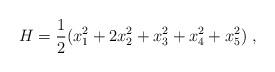
LaTeX: \begin{align*}H=\frac{1}{2}(x^2_1+2 x^2_2 + x^2_3 + x^2_4 +x^2_5)~,\end{align*}